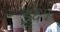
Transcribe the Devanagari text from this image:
इ६१